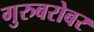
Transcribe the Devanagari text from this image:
गुरुबरोबर